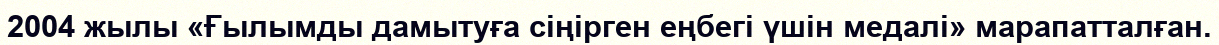
2004 жылы «Ғылымды дамытуға сіңірген еңбегі үшін медалі» марапатталған.